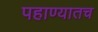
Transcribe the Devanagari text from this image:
पहाण्यातच